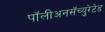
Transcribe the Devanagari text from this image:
पॉलीअनसॅच्युरेटेड